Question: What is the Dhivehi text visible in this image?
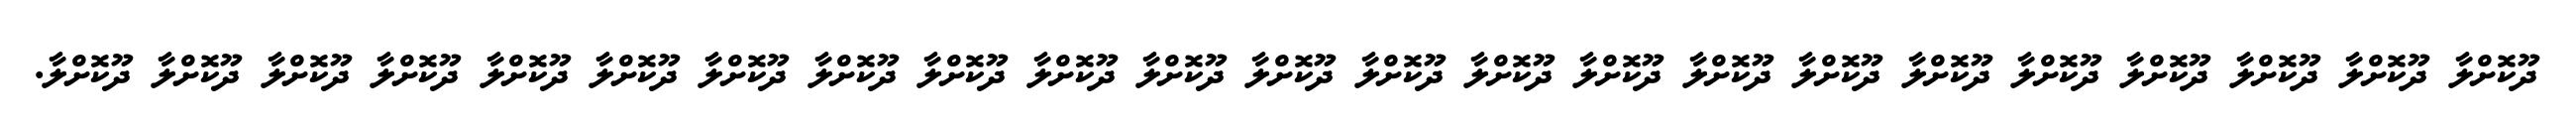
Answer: ދޫކޮށްލާ ދޫކޮށްލާ ދޫކޮށްލާ ދޫކޮށްލާ ދޫކޮށްލާ ދޫކޮށްލާ ދޫކޮށްލާ ދޫކޮށްލާ ދޫކޮށްލާ ދޫކޮށްލާ ދޫކޮށްލާ ދޫކޮށްލާ ދޫކޮށްލާ ދޫކޮށްލާ ދޫކޮށްލާ ދޫކޮށްލާ ދޫކޮށްލާ ދޫކޮށްލާ ދޫކޮށްލާ ދޫކޮށްލާ ދޫކޮށްލާ ދޫކޮށްލާ ދޫކޮށްލާ.